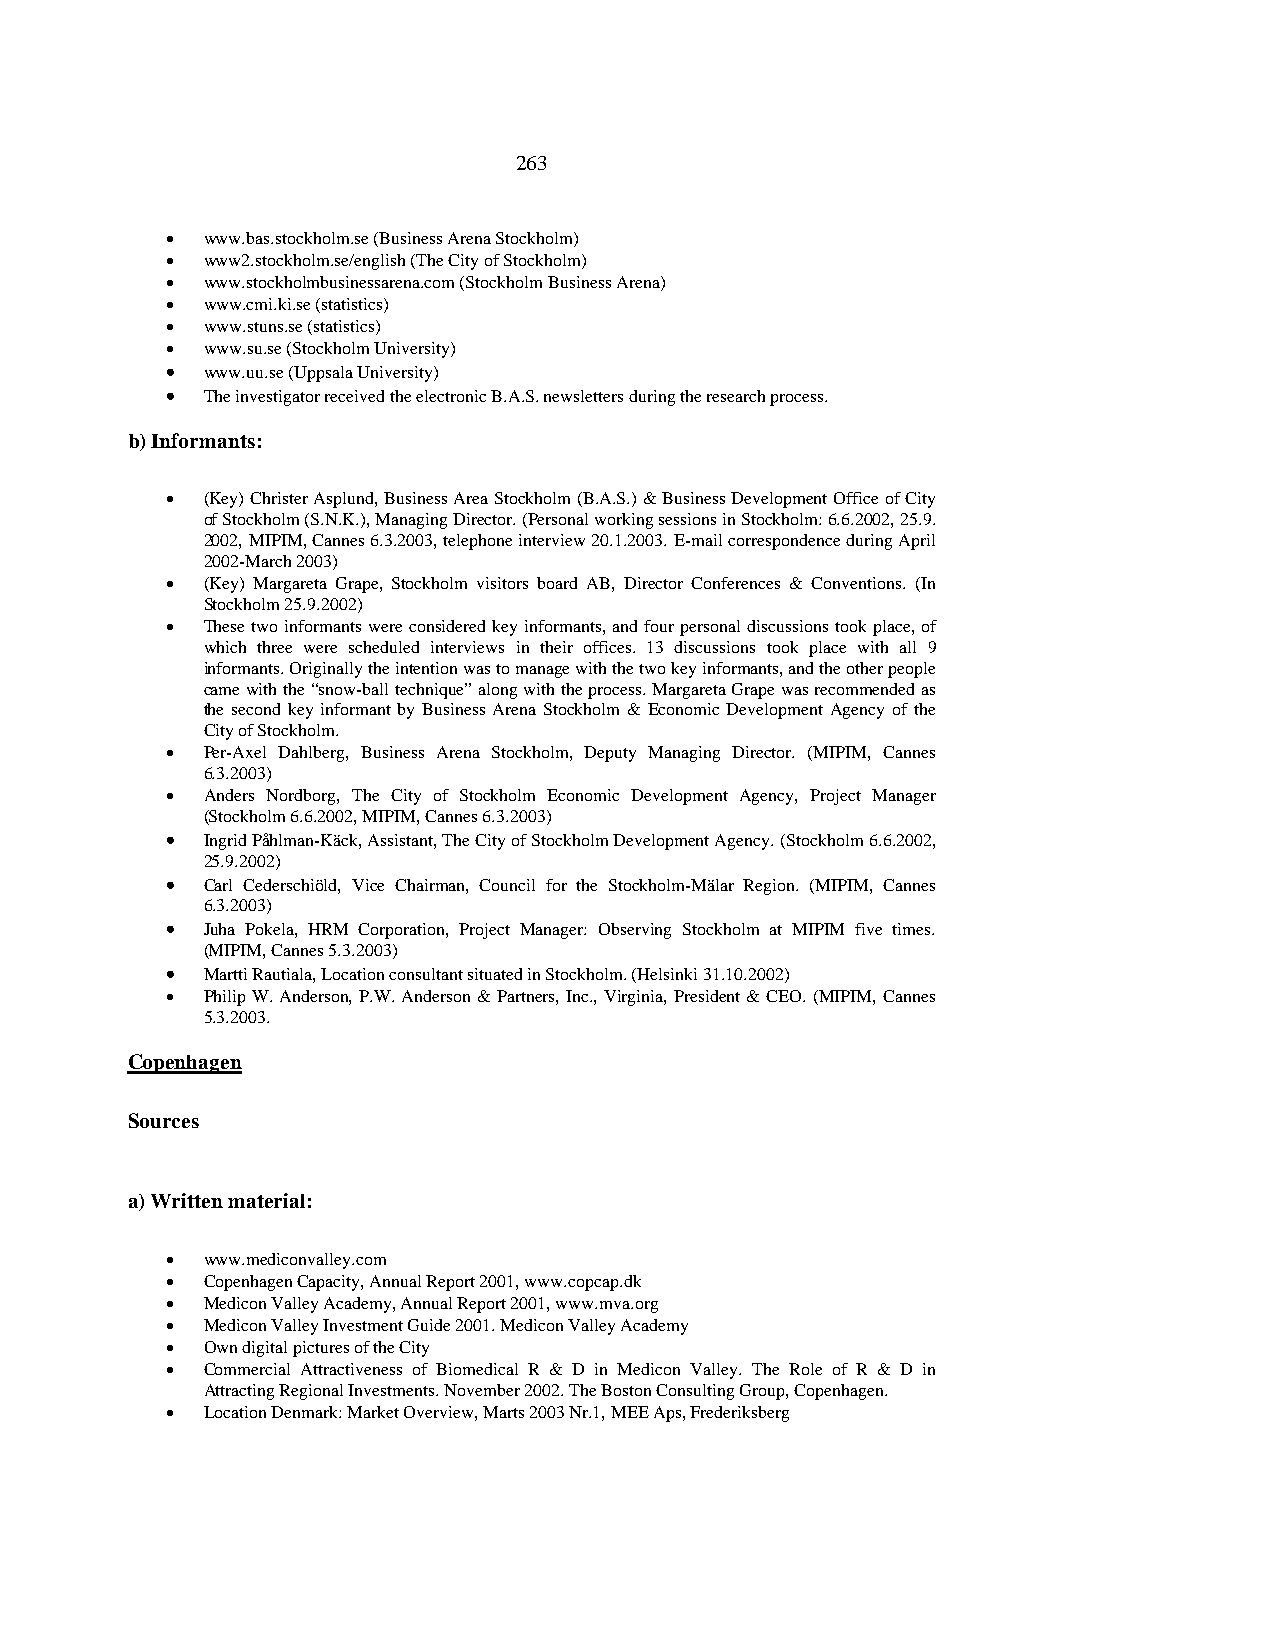
263
 • www.bas.stockholm.se (Business Arena Stockholm)
 • www2.stockholm.se/english (The City of Stockholm)
 • www.stockholmbusinessarena.com (Stockholm Business Arena)
 • www.cmi.ki.se (statistics)
 • www.stuns.se (statistics)
 • www.su.se (Stockholm University)
 • www.uu.se (Uppsala University)
 • The investigator received the electronic B.A.S. newsletters during the research process.
 b) Informants:
 • (Key) Christer Asplund, Business Area Stockholm (B.A.S.) & Business Development Office of City
 of Stockholm (S.N.K.), Managing Director. (Personal working sessions in Stockholm: 6.6.2002, 25.9.
 2002, MIPIM, Cannes 6.3.2003, telephone interview 20.1.2003. E-mail correspondence during April
 2002-March 2003)
 • (Key) Margareta Grape, Stockholm visitors board AB, Director Conferences & Conventions. (In
 Stockholm 25.9.2002)
 • These two informants were considered key informants, and four personal discussions took place, of
 which three were scheduled interviews in their offices. 13 discussions took place with all 9
 informants. Originally the intention was to manage with the two key informants, and the other people
 came with the “snow-ball technique” along with the process. Margareta Grape was recommended as
 the second key informant by Business Arena Stockholm & Economic Development Agency of the
 City of Stockholm.
 • Per-Axel Dahlberg, Business Arena Stockholm, Deputy Managing Director. (MIPIM, Cannes
 6.3.2003)
 • Anders Nordborg, The City of Stockholm Economic Development Agency, Project Manager
 (Stockholm 6.6.2002, MIPIM, Cannes 6.3.2003)
 • Ingrid Påhlman-Käck, Assistant, The City of Stockholm Development Agency. (Stockholm 6.6.2002,
 25.9.2002)
 • Carl Cederschiöld, Vice Chairman, Council for the Stockholm-Mälar Region. (MIPIM, Cannes
 6.3.2003)
 • Juha Pokela, HRM Corporation, Project Manager: Observing Stockholm at MIPIM five times.
 (MIPIM, Cannes 5.3.2003)
 • Martti Rautiala, Location consultant situated in Stockholm. (Helsinki 31.10.2002)
 • Philip W. Anderson, P.W. Anderson & Partners, Inc., Virginia, President & CEO. (MIPIM, Cannes
 5.3.2003.
 Copenhagen
 Sources
 a) Written material:
 • www.mediconvalley.com
 • Copenhagen Capacity, Annual Report 2001, www.copcap.dk
 • Medicon Valley Academy, Annual Report 2001, www.mva.org
 • Medicon Valley Investment Guide 2001. Medicon Valley Academy
 • Own digital pictures of the City
 • Commercial Attractiveness of Biomedical R & D in Medicon Valley. The Role of R & D in
 Attracting Regional Investments. November 2002. The Boston Consulting Group, Copenhagen.
 • Location Denmark: Market Overview, Marts 2003 Nr.1, MEE Aps, Frederiksberg